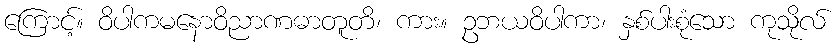
ကြောင့်။ ဝိပါကမနောဝိညာဏဓာတူတိ၊ ကား။ ဥဘယဝိပါကာ၊ နှစ်ပါးစုံသော ကုသိုလ်